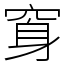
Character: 䆤